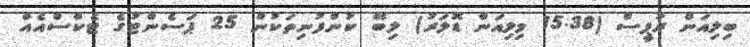
ބިލިއަން ރުޕީސް (15.38 މިލިއަން ޑޮލަރު) ލިބޭ ކުންފުނިތަކުން 25 ޕަސެންޓުގެ ޓެކްސްއެއް